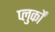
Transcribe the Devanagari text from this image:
प्लुर्कों